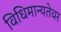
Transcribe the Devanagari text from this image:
विधिमान्यतेवर